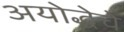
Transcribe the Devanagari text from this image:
अयोद्धेचे